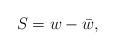
LaTeX: \begin{align*}S=w-\bar{w},\end{align*}